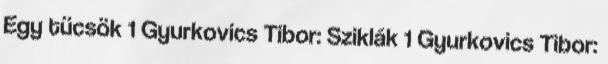
Egy tücsök 1 Gyurkovics Tibor: Sziklák 1 Gyurkovics Tibor: